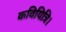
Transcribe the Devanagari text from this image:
कवियित्रि।